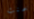
خمنت